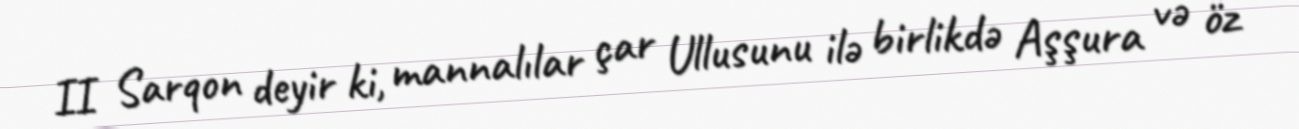
II Sarqon deyir ki, mannalılar çar Ullusunu ilə birlikdə Aşşura və öz